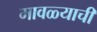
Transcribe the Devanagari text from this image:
मावळ्याची